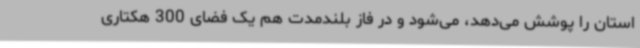
استان را پوشش می‌دهد، می‌شود و در فاز بلندمدت هم یک فضای 300 هکتاری